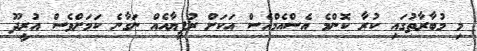
މި މުބާރާތުގައި ކުރާ ކޮންމެ އެސްއެމްއެސް އަކަށް ރުފިޔާއެއް ނަގާނެ ކަމަށްވެސް އުރީދޫ